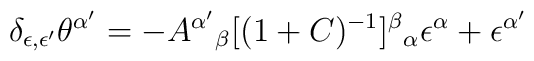
\delta_{\epsilon , \epsilon'}  \theta ^{\alpha'} = - A ^{\alpha'}{}_\beta[(1+C)^{-1}] ^\beta{}_ \alpha \epsilon ^\alpha + \epsilon^{\alpha'}